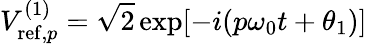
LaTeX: V_{\mathrm{ref},p}^{(1)}=\sqrt{2}\exp[-i(p\omega_{0}t+\theta_{1})]